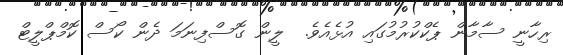
ރިހާނީ ސާމާން ޕެކްކުރުމުގައި އުޅެއެވެ.  ލީން ގޮސްފިނަމަ ދެން ކޯސް ކޮމްޕްލީޓް